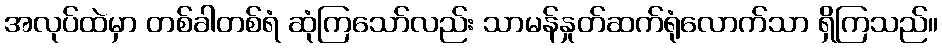
အလုပ်ထဲမှာ တစ်ခါတစ်ရံ ဆုံကြသော်လည်း သာမန်နှုတ်ဆက်ရုံလောက်သာ ရှိကြသည်။